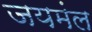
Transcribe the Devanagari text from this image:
जयमंल